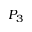
P _ { 3 }